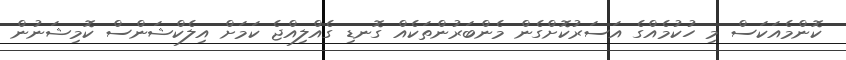
ކޮންމެއަކަސް މި ހުކުމެއްގެ އަސަރުކޮށްގެން މެންބަރުންތަކެއް ގޮނޑި ގެއްލިއްޖެ ކަމަށް އިލެކްޝަންސް ކޮމިޝަނުން